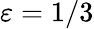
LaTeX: \varepsilon=1/3